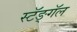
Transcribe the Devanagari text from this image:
स्टॅङ्गॅल